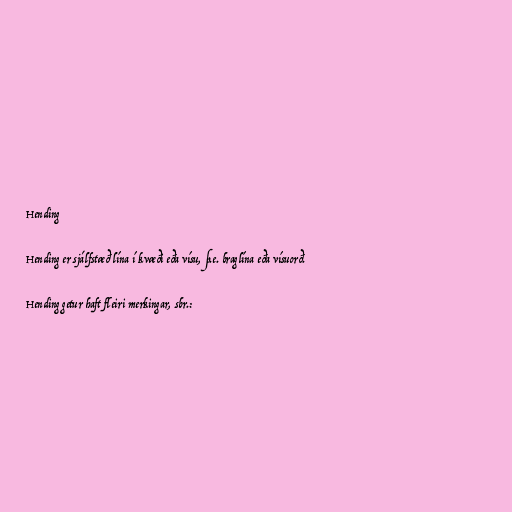
Hending

Hending er sjálfstæð lína í kvæði eða vísu, þ.e. braglína eða vísuorð.

Hending getur haft fleiri merkingar, sbr.: